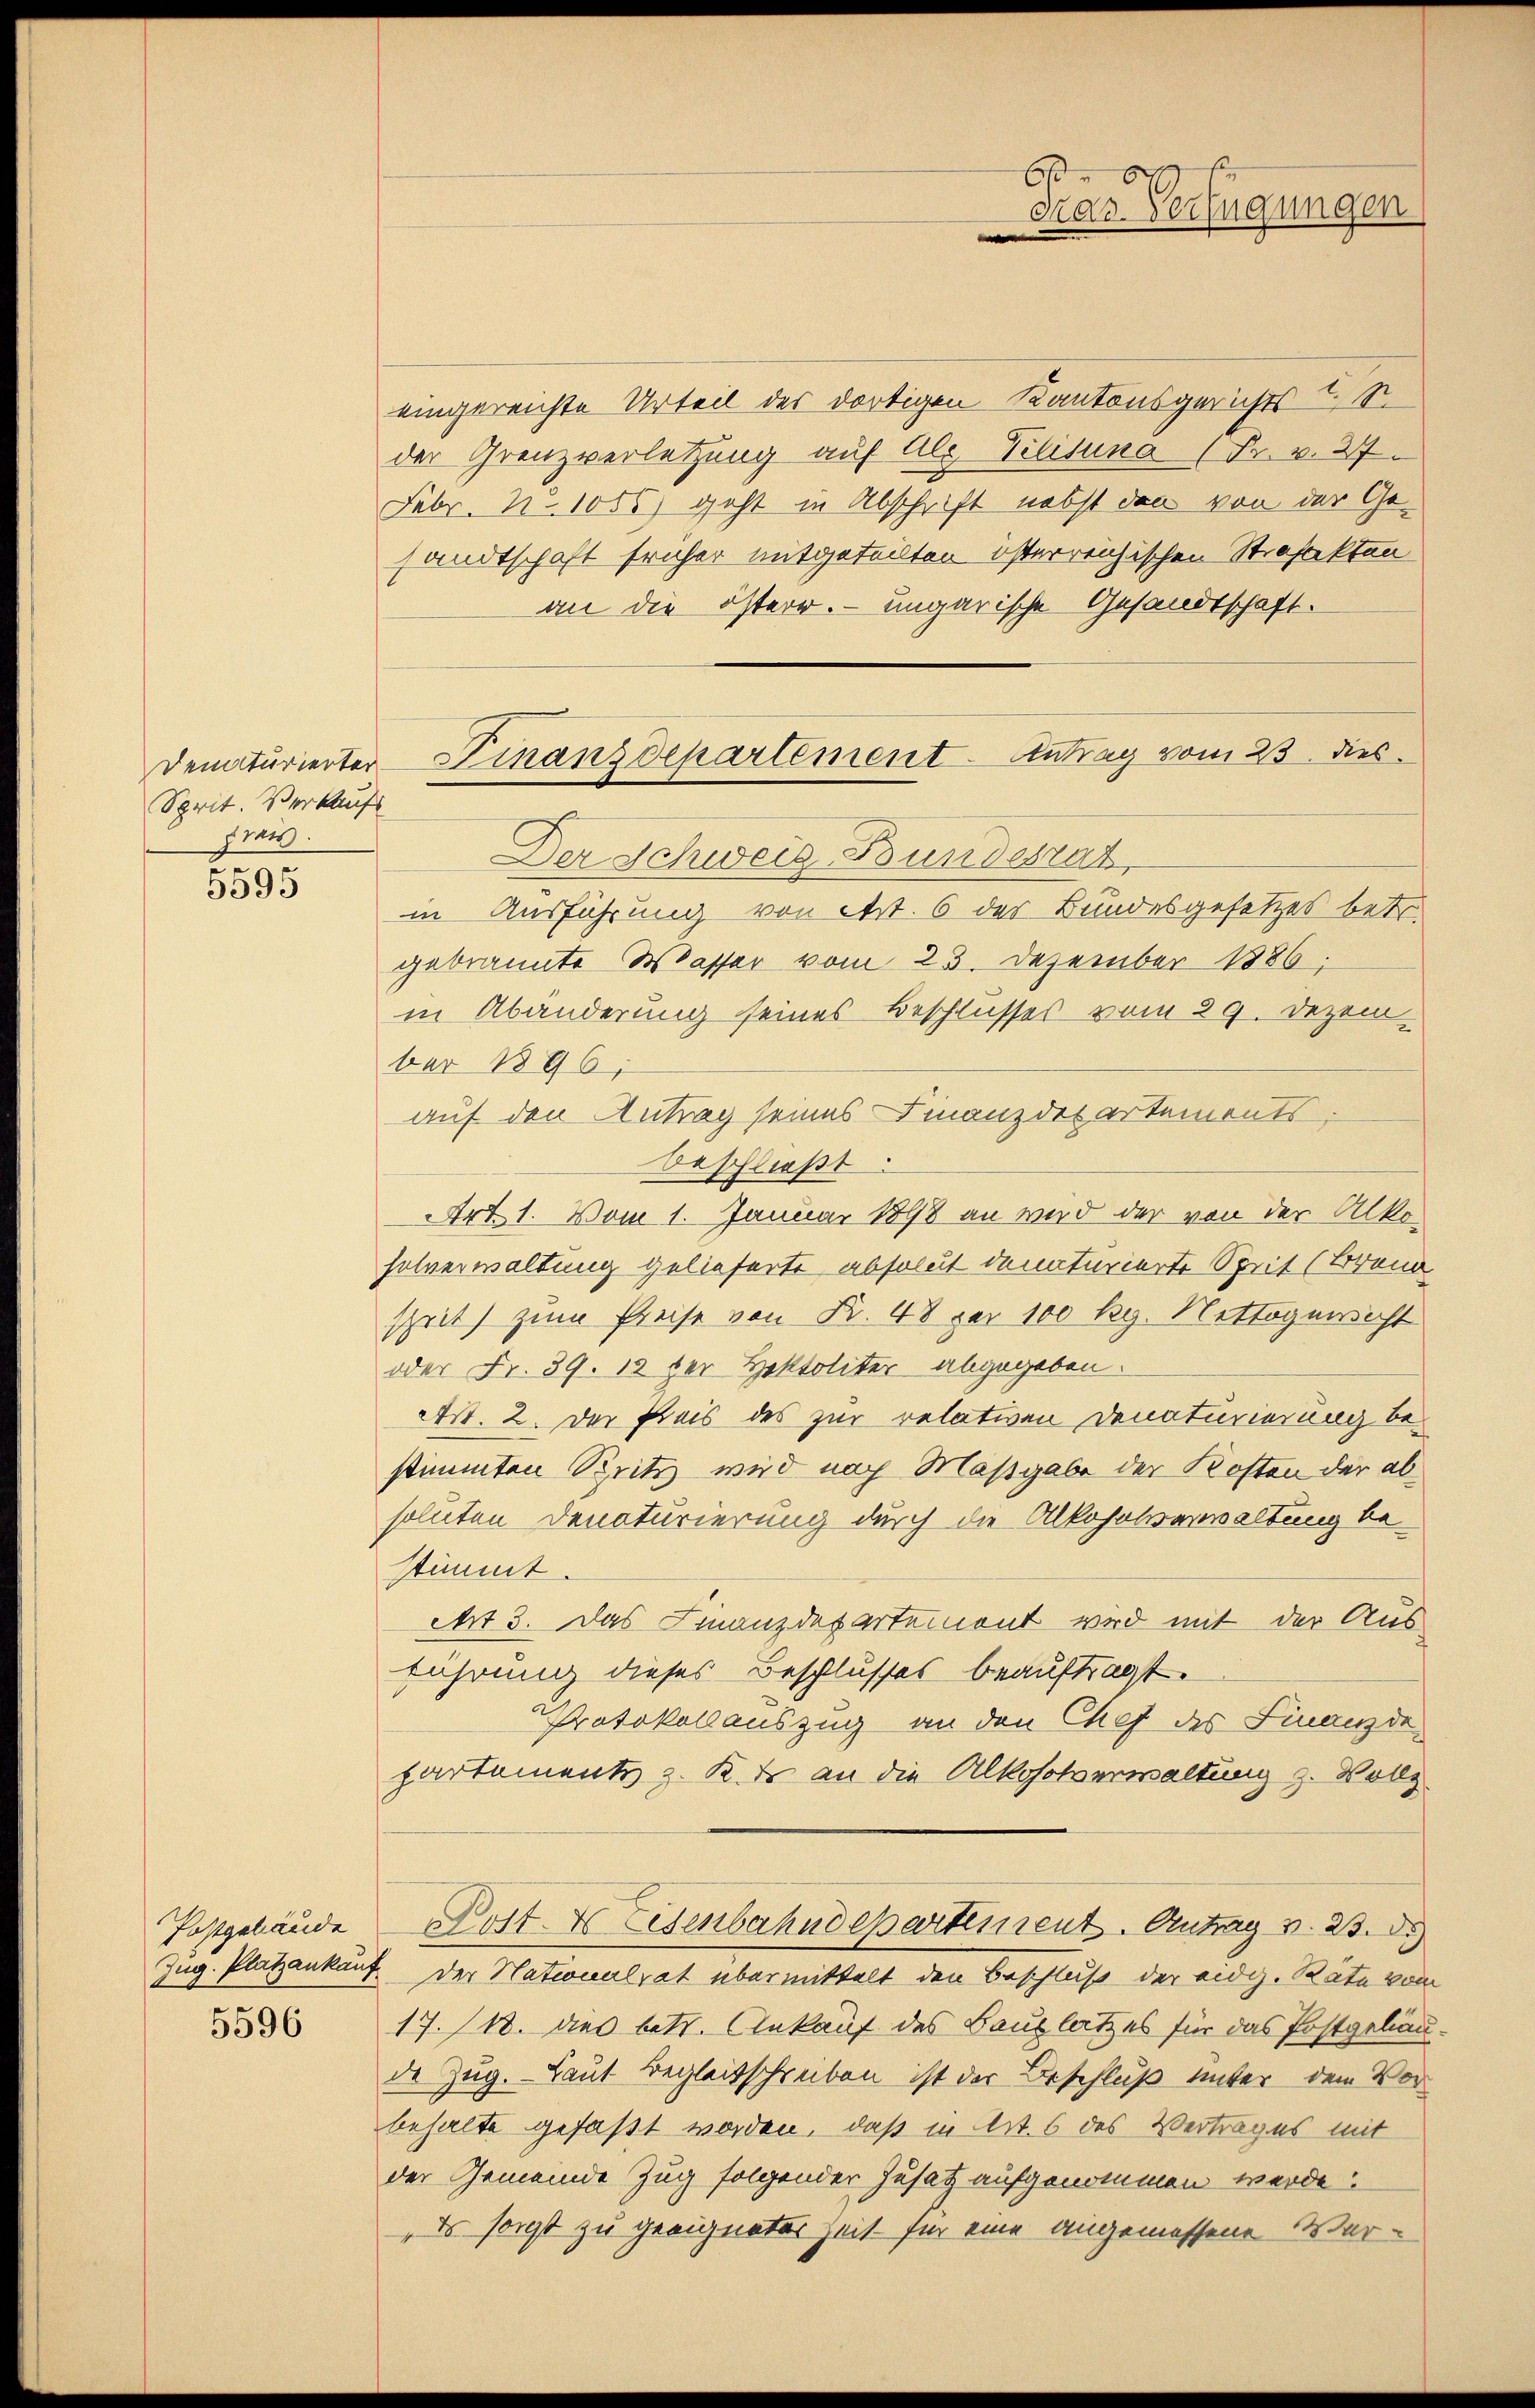
Sprit. Verkaufs
Frais.

5595

5596

eingereichte Urteil des dortigen Kantonsgerichts I S.
der Grenzverletzung auf Alz Tilisina (Fr. v. 27.
Febr. No 1056) geht in Abschrift nebst den von der Ge-
sandtschaft früher mitgeteilten österreichischen Strafakten
an die österr. ungarische Gesandtschaft.
Der Schweiz Bundesrat
in Ausführung von etzt. 6 des Bundesgesetzes betr.
gebrannte Wasser vom 23. Dezember 1886.
in Abänderung seines Beschlusses vom 29. Dezember 1896;
auf den Antrag seines Finanzdepartements.
beschließt:
Art. 1. Vom 1. Januar 1898 an wird der von der Alkosolverwaltung gelieferte absolut denaturierte Sprit (Brand
sheit) zum Preise von Fr. 48 per 100 Rg. Nettogericht
oder Fr. 39. 13 der Hektoliter abgegeben.
Art. 2. Der Preis des zur relativen Denaturierung bestimmten Britz wird nach Maßgabe der Kosten der absoluten Denaturierung durch die Alkoholverwaltung bestimmt.
et 3. Das Finanzdepartemont wird mit der Aus
führung dieses Beschlusses beauftragt.
Protokollauszug an den Chef des Finanzde
partements z. K. an die Alkoholverwaltung z. Vollz
Postgebäude Post & Eisenbahndepartement. Antrag v. 23.
Zug. Platzankauf der Nationalrat übermittelt den Beschluß der eidg. Räte von
17. 118. des betr. Ankauf des Bauplatzes für das Postgelau
de Zug. Laut Begleitschreiben ist der Beschluß unter dem Vorbehalte gefaßt worden, daß in Art. 6 des Vertrages mit
der Gemeinde Zug folgender Zusatz aufgenommen werde.
Es sonst zu geeigneter Zeit für eine angemessene Ver¬

denaturierter Finanzdepartement-Antrag vom 23. dies

6
dar Verfügungen
m